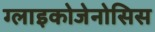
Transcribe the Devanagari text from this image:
ग्लाइकोजेनोसिस